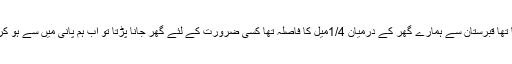
پانی اور سیلاب کا ریلا ، ہر روز زیادہ سے زیادہ ہوتا جارہا تھا قبرستان سے ہمارے گھر کے درمیان 1/4میل کا فاصلہ تھا کسی ضرورت کے لئے گھر جانا پڑتا تو اب ہم پانی میں سے ہو کر پیدل نہیں جاسکتے تھے، پانی 9-8فٹ سے اونچا آچکا تھا۔